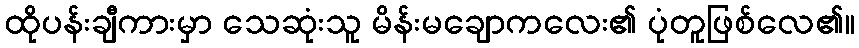
ထိုပန်းချီကားမှာ သေဆုံးသူ မိန်းမချောကလေး၏ ပုံတူဖြစ်လေ၏။